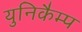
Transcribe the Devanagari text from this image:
युनिकैम्प